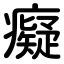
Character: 癡